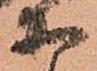
等